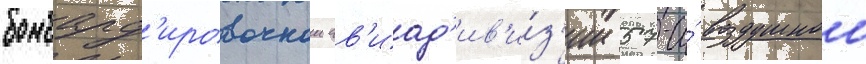
бомбард'ировочнои ав'иад'ив'и́з'ии 57-и́ воздушнои